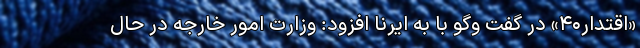
«اقتدار۴۰» در گفت وگو با به ایرنا افزود: وزارت امور خارجه در حال